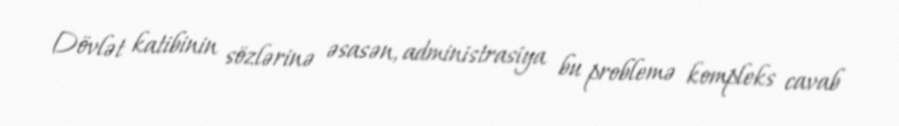
Dövlət katibinin sözlərinə əsasən, administrasiya bu problemə kompleks cavab